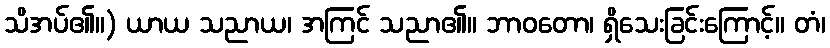
သိအပ်၏။) ယာယ သညာယ၊ အကြင် သညာ၏။ ဘာဝတော၊ ရှိသေးခြင်းကြောင့်။ တံ၊